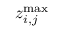
z _ { i , j } ^ { \operatorname* { m a x } }